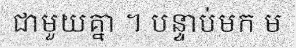
ជាមួយគ្នា ។ បន្ទាប់មក ម